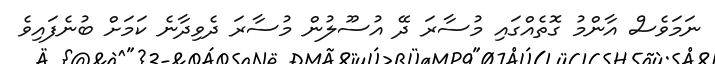
ނަމަވެސް އާންމު ގޮތެއްގައި މުސާރަ ދޭ އުސޫލުން މުސާރަ ދެވިދާނެ ކަމަށް ބުނެފައިވެ